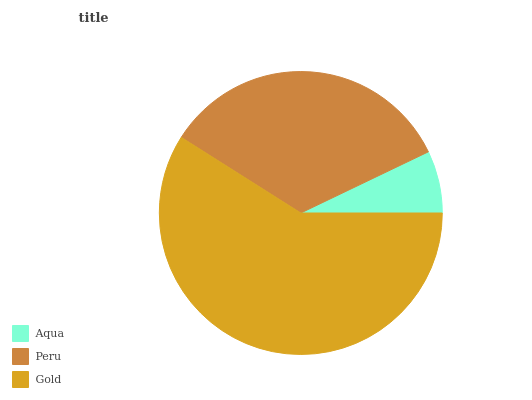
| Aqua | Peru | Gold |
 | --- | --- | --- |
 | 7.11% | 33.9% | 59% |